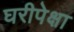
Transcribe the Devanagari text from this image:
घरीपेक्षा